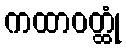
ကထာဝတ္ထုံ